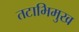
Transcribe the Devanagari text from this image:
तटाभिमुख